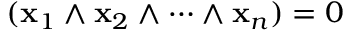
( \mathbf { x } _ { 1 } \wedge \mathbf { x } _ { 2 } \wedge \cdots \wedge \mathbf { x } _ { n } ) = 0